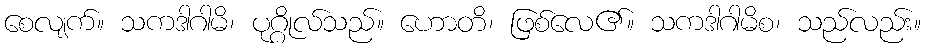
စေလျက်။ သကဒါဂါမိ၊ ပုဂ္ဂိုလ်သည်။ ဟောတိ၊ ဖြစ်လေ၏။ သကဒါဂါမိစ၊ သည်လည်း။